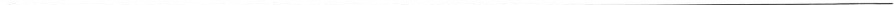
___